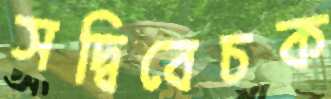
সদ্বিবেচক